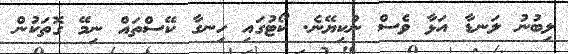
ލިބުނު ލަނޑާ އަޅާ ވެސް ނުކިޔޭނެ. ކޯޓުގައި ހިނގާ ކޭސްތައް ނިމޭ ގޮތަކުން